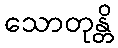
သောတုန္တိ